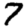
Digit: 7